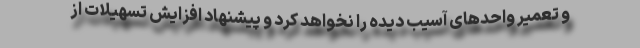
و تعمیر واحدهای آسیب دیده را نخواهد کرد و پیشنهاد افزایش تسهیلات از